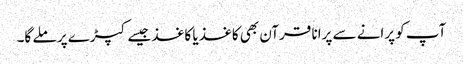
آپ کو پرانے سے پرانا قرآن بھی کاغذ یا کاغذ جیسے کپڑے پر ملے گا۔